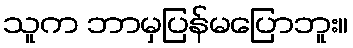
သူက ဘာမှပြန်မပြောဘူး။